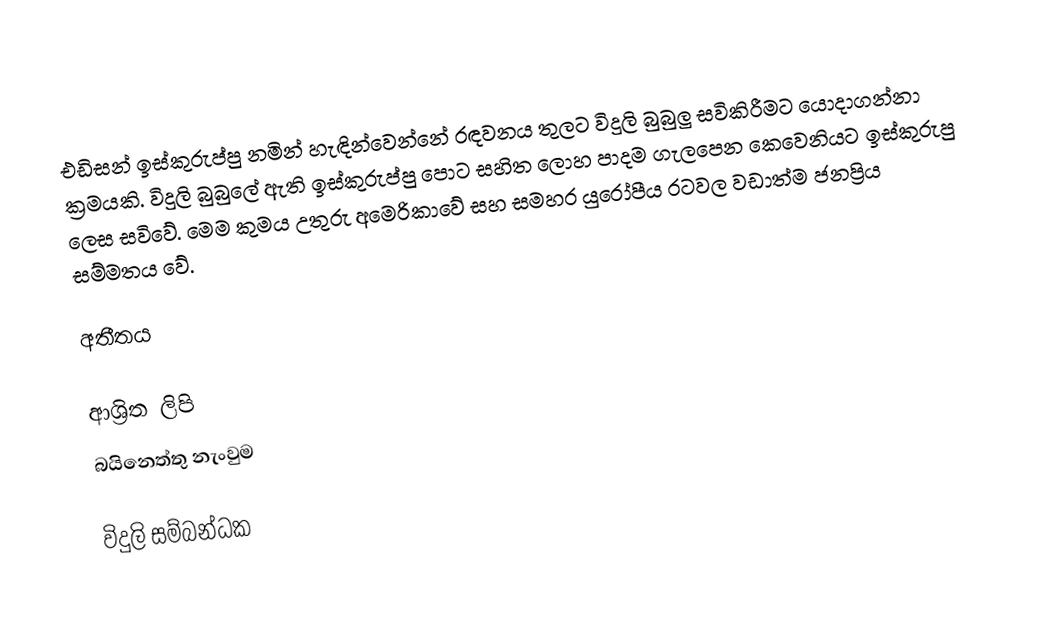
එඩිසන් ඉස්කුරුප්පු නමින් හැඳින්වෙන්නේ රඳවනය තුලට විදුලි බුබුලු සවිකිරීමට යොදාගන්නා ක්‍රමයකි. විදුලි බුබුලේ ඇති ඉස්කුරුප්පු පොට සහිත ලොහ පාදම ගැලපෙන කෙවෙනියට ඉස්කුරුපු ලෙස සවිවේ. මෙම කුමය උතුරු අමෙරිකාවේ සහ සමහර යුරෝපීය රටවල වඩාත්ම ජනප්‍රිය සම්මතය වේ.

අතීතය

ආශ්‍රිත ලිපි
 බයිනෙත්තු නැංවුම

විදුලි සම්බන්ධක